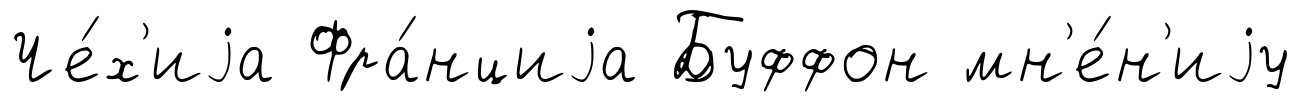
Че́х'иjа Фра́нциjа Буффон мн'е́н'иjу